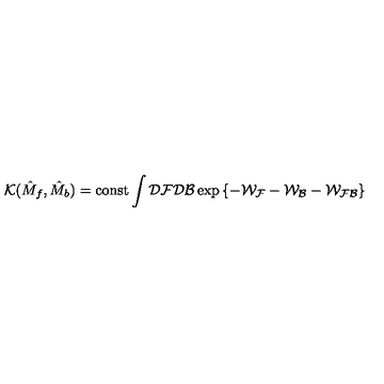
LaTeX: { \mathcal { K } } ( \hat { M } _ { f } , \hat { M } _ { b } ) = \mathrm { c o n s t } \int { \mathcal { D } } { \mathcal { F } } { \mathcal { D } } { \mathcal { B } } \exp \left\{ - { \mathcal { W _ { F } } } - { \mathcal { W _ { B } } } - { \mathcal { W _ { F B } } } \right\}